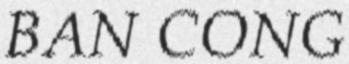
BAN CÔNG